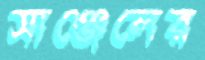
সাঞ্জেলের